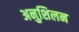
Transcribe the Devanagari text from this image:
अनुशिलन